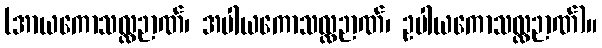
(အာယကောသလ္လဉာဏ်၊ အပါယကောသလ္လဉာဏ်၊ ဥပါယကောသလ္လဉာဏ်)။